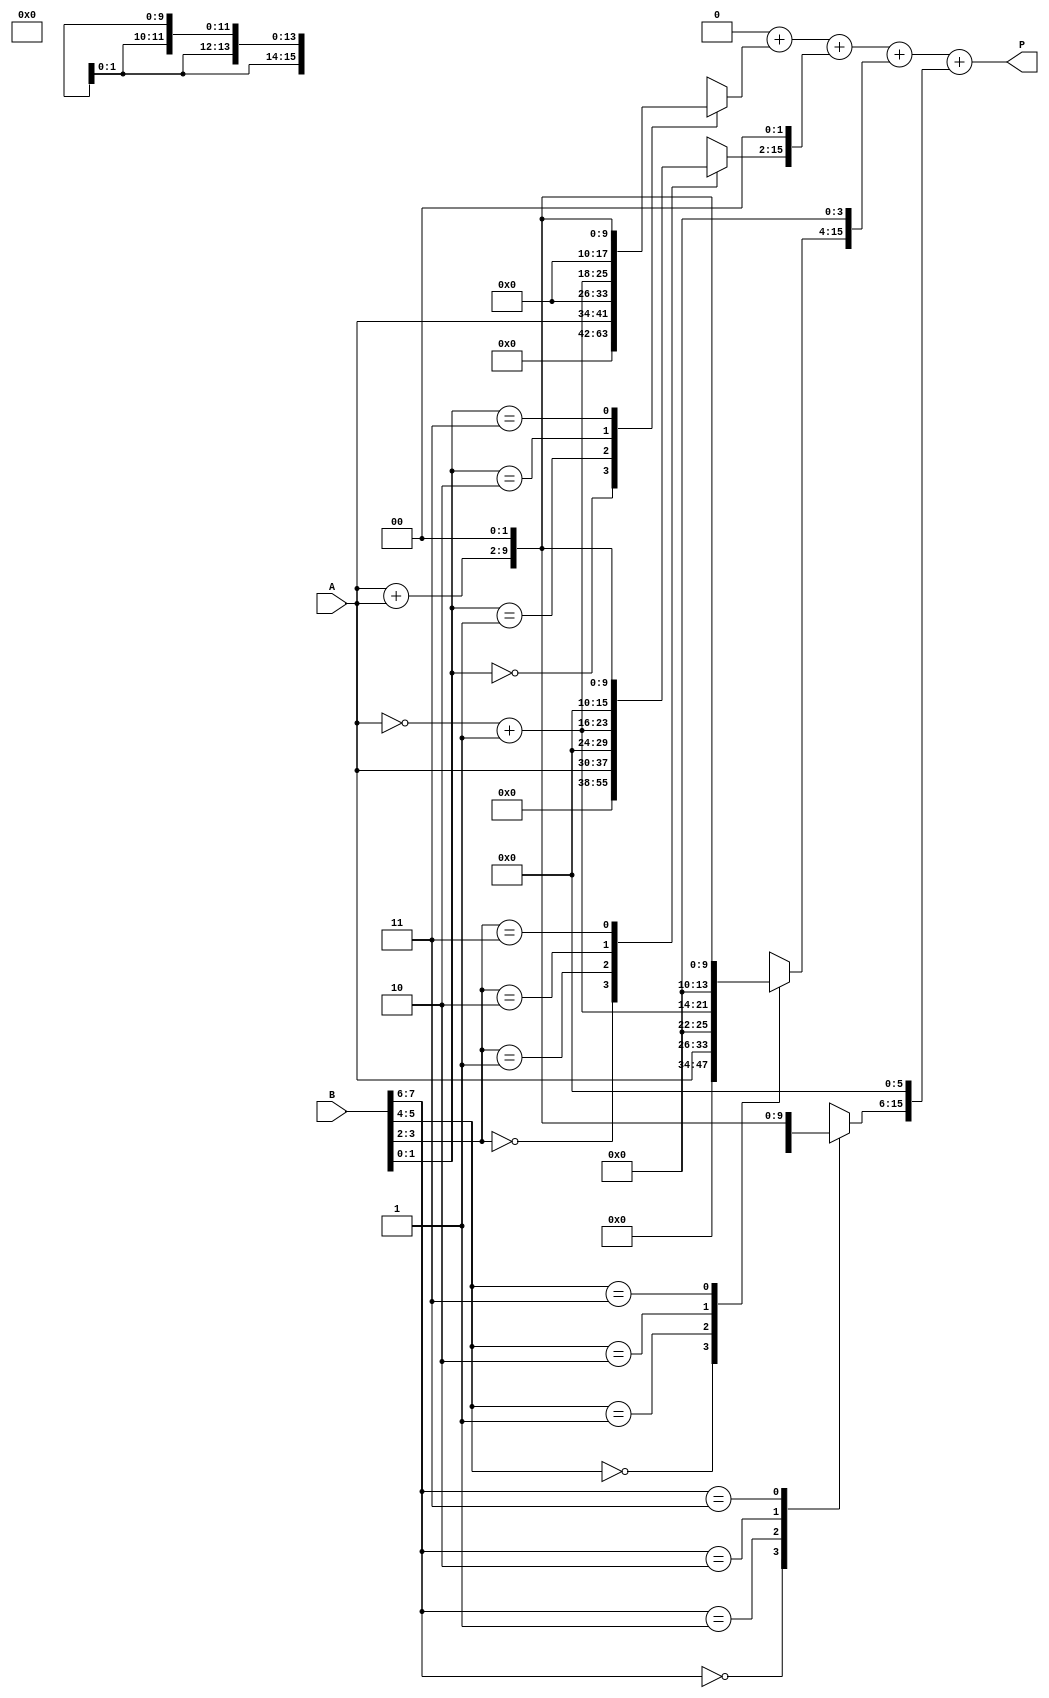
module radix4_multiplier (
    input signed [N-1:0] A,         // Multiplicand
    input signed [N-1:0] B,         // Multiplier
    output reg signed [2*N-1:0] P   // Product
);
    parameter N = 8;                // Bit-width of inputs

    reg [N-1:0] A_reg;
    reg [N:0] B_reg;                // Extended to N+1 for sign extension
    reg [2*N-1:0] partial_product [0:3]; // Array to hold partial products
    reg [2*N-1:0] sum;              // Accumulator for partial products
    integer i;

    always @(*) begin
        // Initialize
        A_reg = A;
        B_reg = {1'b0, B};           // Sign-extend B
        P = 0;                       // Clear product

        // Booth's Algorithm
        for (i = 0; i < N; i = i + 2) begin
            case (B_reg[i+1:i])
                2'b00: partial_product[i/2] = 0;                       // No operation
                2'b01: partial_product[i/2] = {A_reg, 2'b00};          // Add A << 0
                2'b10: partial_product[i/2] = {~A_reg + 1'b1, 2'b00};  // Subtract A << 0 (2's complement)
                2'b11: partial_product[i/2] = {A_reg + A_reg, 2'b00};  // Add 2A << 0
                default: partial_product[i/2] = 0;
            endcase
            // Shift partial products based on the index
            partial_product[i/2] = partial_product[i/2] << (i);
        end

        // Accumulate partial products
        sum = 0; // Reset sum
        for (i = 0; i < (N+1)/2; i = i + 1) begin
            sum = sum + partial_product[i];
        end

        // Assign the final product
        P = sum;
    end
endmodule